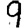
Digit: 9